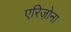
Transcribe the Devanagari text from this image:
एरिजो़ना